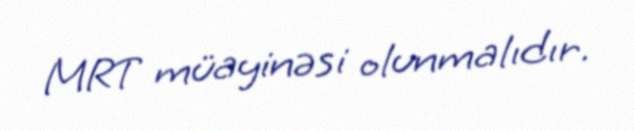
MRT müayinəsi olunmalıdır.